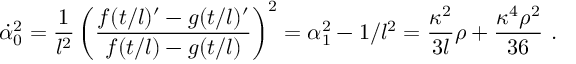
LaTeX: \dot { \alpha } _ { 0 } ^ { 2 } = \frac { 1 } { l ^ { 2 } } \left( \frac { f ( t / l ) ^ { \prime } - g ( t / l ) ^ { \prime } } { f ( t / l ) - g ( t / l ) } \right) ^ { 2 } = \alpha _ { 1 } ^ { 2 } - 1 / l ^ { 2 } = \frac { \kappa ^ { 2 } } { 3 l } \rho + \frac { \kappa ^ { 4 } \rho ^ { 2 } } { 3 6 } \ .